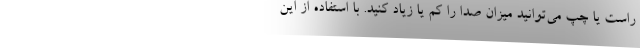
راست یا چپ می‌توانید میزان صدا را کم یا زیاد کنید. با استفاده از این